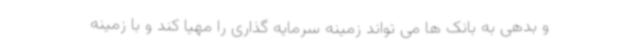
و بدهی به بانک ها می تواند زمینه سرمایه گذاری را مهیا کند و با زمینه